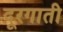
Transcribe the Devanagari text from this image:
दूरगाती